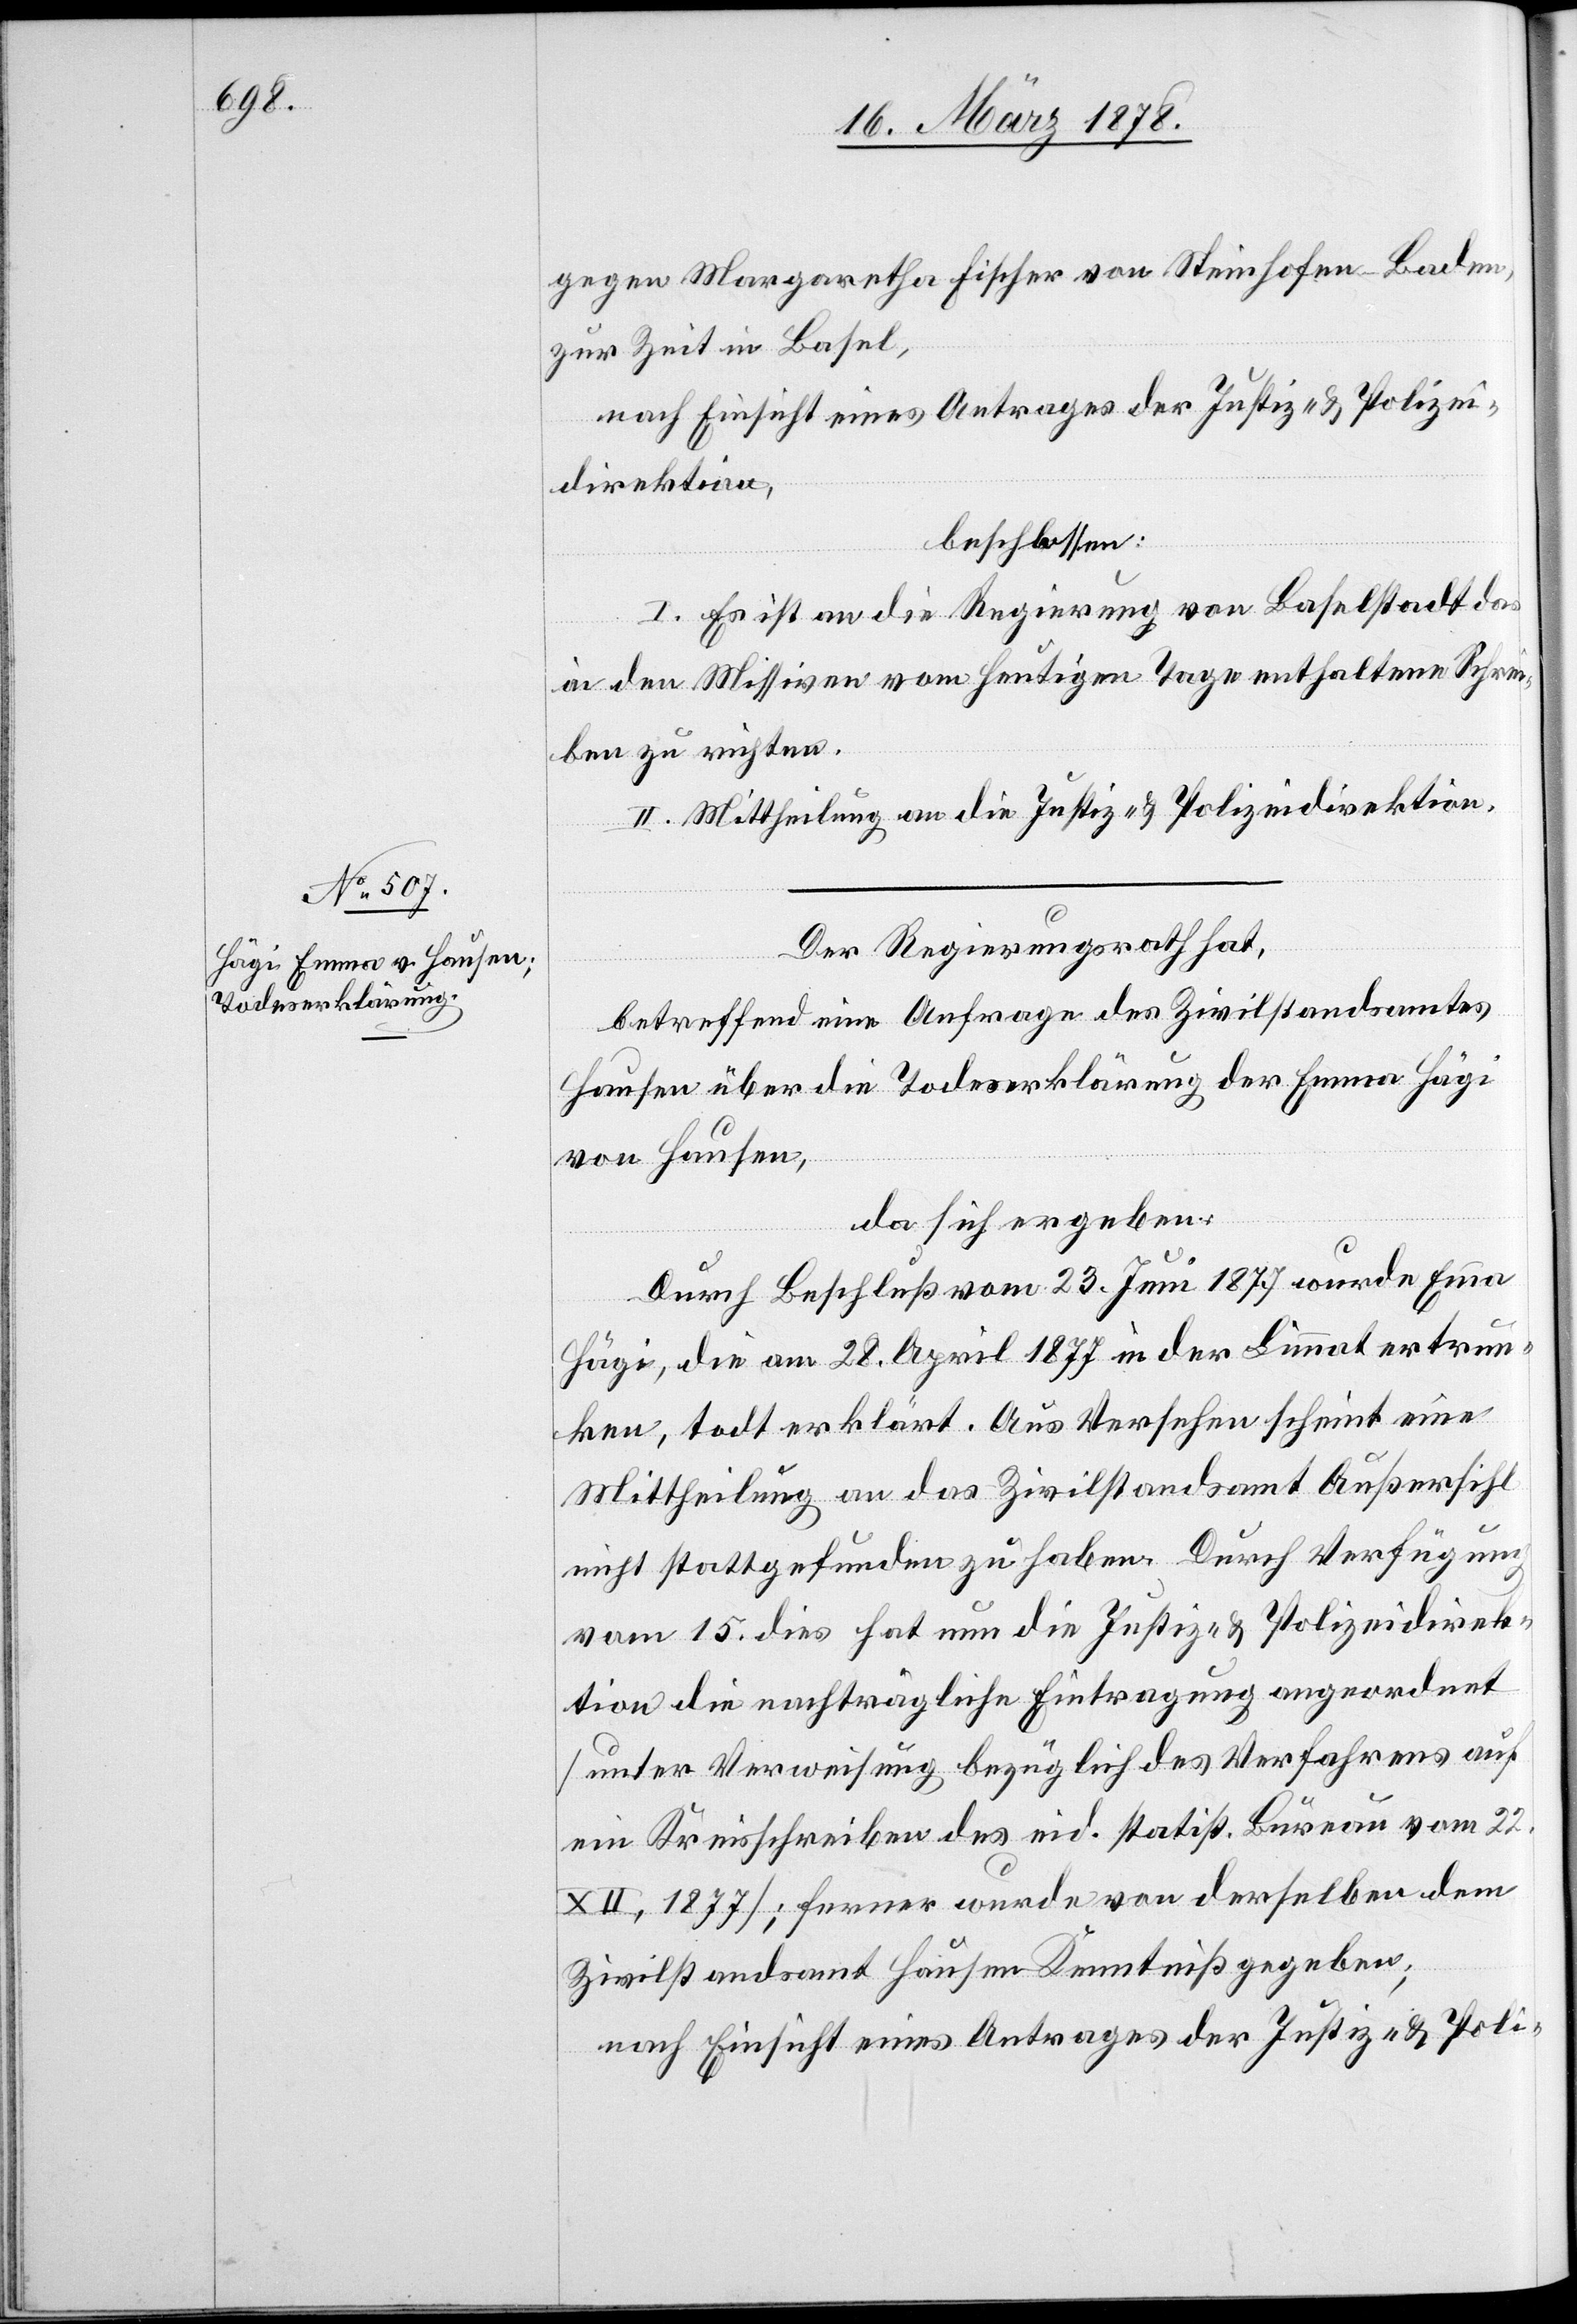
gegen Margaretha Fischer von Steinhofen - Baden,
zur Zeit in Basel,
nach Einsicht eines Antrages der Justiz- & Polizei¬
direktion,
beschlossen:
I. Es ist an die Regierung von Baselstadt das
in den Missiven vom heutigen Tage enthaltene Schre¬
iben zu richten.
II. Mittheilung an die Justiz- & Polizeidirektion.
Der Regierungsrath hat,
betreffend eine Anfrage des Zivilstandamtes
Hausen über die Todeserklärung der Emma Hägi
von Hausen,
da sich ergeben:
Durch Beschluß vom 23. Juni 1877 wurde Emma
Hägi, die am 28. April 1877 in der Limmat ertrun¬
ken, todt erklärt. Aus Versehen scheint eine
Mittheilung an das Zivilstandsamt Außersihl
nicht stattgefunden zu haben. Durch Verfügung
vom 15. dies hat nun die Justiz- & Polizeidirek¬
tion die nachträgliche Eintragung angeordnet
(unter Verweisung bezüglich des Verfahrens auf
ein Kreisschreiben des eid. statist. Büreau vom 22.
XII. 1877); ferner wurde von derselben dem
Zivilstandsamt Hausen Kenntniß gegeben;
nach Einsicht eines Antrages der Justiz- & Poli-